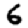
Digit: 6